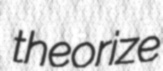
theorize